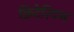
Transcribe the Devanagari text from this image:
क्रिटेरियम